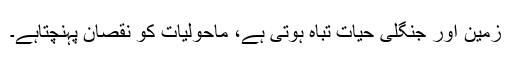
زمین اور جنگلی حیات تباہ ہوتی ہے، ماحولیات کو نقصان پہنچتاہے۔